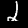
Digit: 2